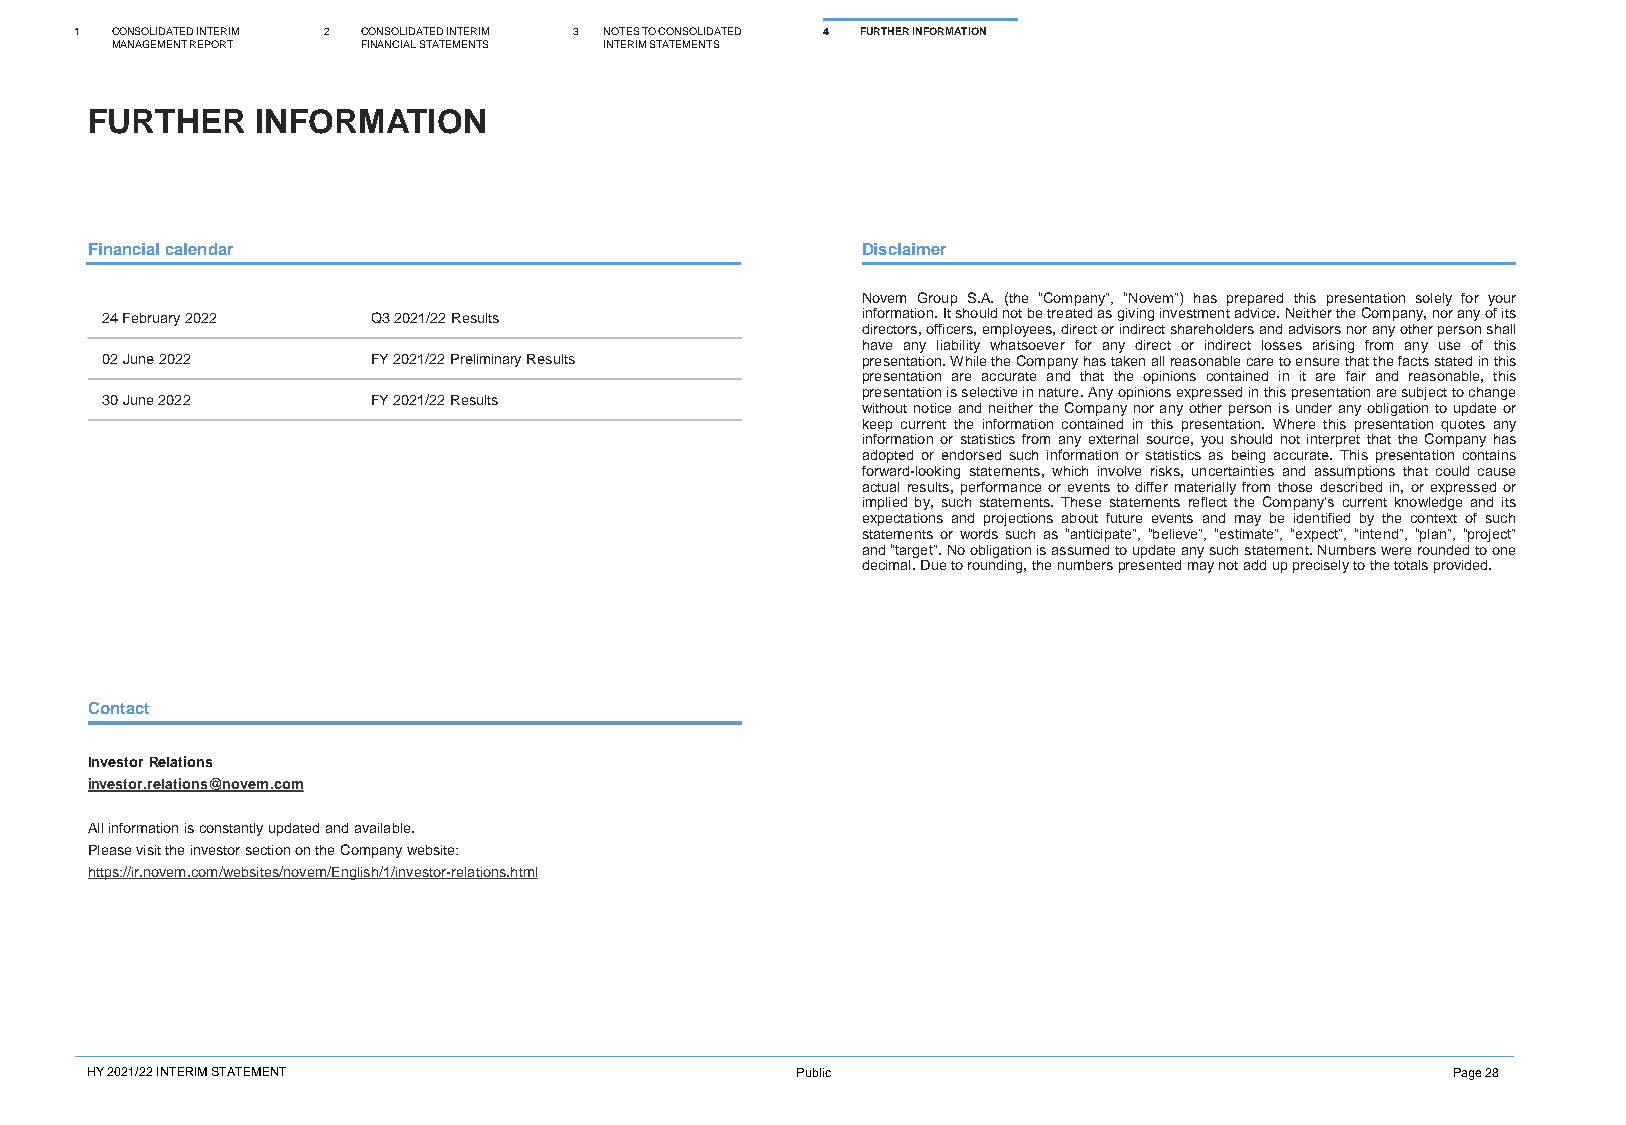
1 CONSOLIDATED INTERIM 2 CONSOLIDATED INTERIM 3 NOTES TO CONSOLIDATED 4 FURTHER INFORMATION
 MANAGEMENT REPORT FINANCIAL STATEMENTS INTERIM STATEMENTS
 FURTHER    INFORMATION
 Financial calendar                                 Disclaimer
 Novem Group S.A. (the “Company”, “Novem”) has prepared this presentation solely for your
 24 February 2022  Q3 2021/22 Results              information.Itshouldnotbetreatedasgivinginvestmentadvice.NeithertheCompany,noranyofits
 directors,officers,employees,directorindirectshareholdersandadvisorsnoranyotherpersonshall
 have any liability whatsoever for any direct or indirect losses arising from any use of this
 02 June2022       FY 2021/22Preliminary Results   presentation.WhiletheCompanyhastakenallreasonablecaretoensurethatthefactsstatedinthis
 presentation are accurate and that the opinions contained in it are fair and reasonable, this
 presentationisselectiveinnature.Anyopinionsexpressedinthispresentationaresubjecttochange
 30 June 2022      FY2021/22 Results
 withoutnoticeandneithertheCompanynoranyotherpersonisunderanyobligationtoupdateor
 keep current the information contained in this presentation. Where this presentation quotes any
 information or statistics from any external source, youshould not interpret that the Company has
 adopted or endorsed such information or statistics as being accurate. This presentation contains
 forward-looking statements, which involve risks, uncertainties and assumptions that could cause
 actual results, performanceorevents todiffermateriallyfrom thosedescribedin,orexpressedor
 implied by, such statements. These statements reflect the Company’s current knowledge and its
 expectations and projections about future events and may be identified by the context of such
 statements or words such as “anticipate”, “believe”, “estimate”, “expect”, “intend”, “plan”, “project”
 and“target”.Noobligationisassumedtoupdateanysuchstatement.Numberswereroundedtoone
 decimal.Duetorounding,thenumberspresentedmaynotadduppreciselytothetotalsprovided.
 Contact
 InvestorRelations
 investor.relations@novem.com
 All information is constantly updated and available.
 Please visit the investor section on the Company website:
 https://ir.novem.com/websites/novem/English/1/investor-relations.html
 HY 2021/22 INTERIM STATEMENT                   Public                                     Page 28